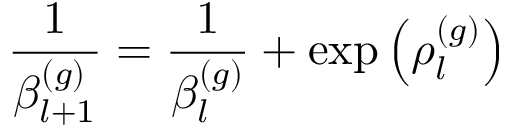
\frac { 1 } { \beta _ { l + 1 } ^ { ( g ) } } = \frac { 1 } { \beta _ { l } ^ { ( g ) } } + \exp { \left( \rho _ { l } ^ { ( g ) } \right) }